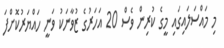
މި މައްސަލައިގައި މީގެ ކުރިން ވެސް 20 އަހަރުގެ ޒުވާނަކު ވަނީ ހައްޔަރުކޮށްފަ